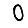
Digit: 0